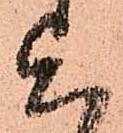
上